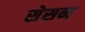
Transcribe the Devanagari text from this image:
सेसन